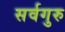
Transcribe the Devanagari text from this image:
सर्वगुरु